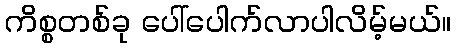
ကိစ္စတစ်ခု ပေါ်ပေါက်လာပါလိမ့်မယ်။